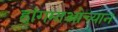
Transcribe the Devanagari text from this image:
ह्वांगमाओच्यान